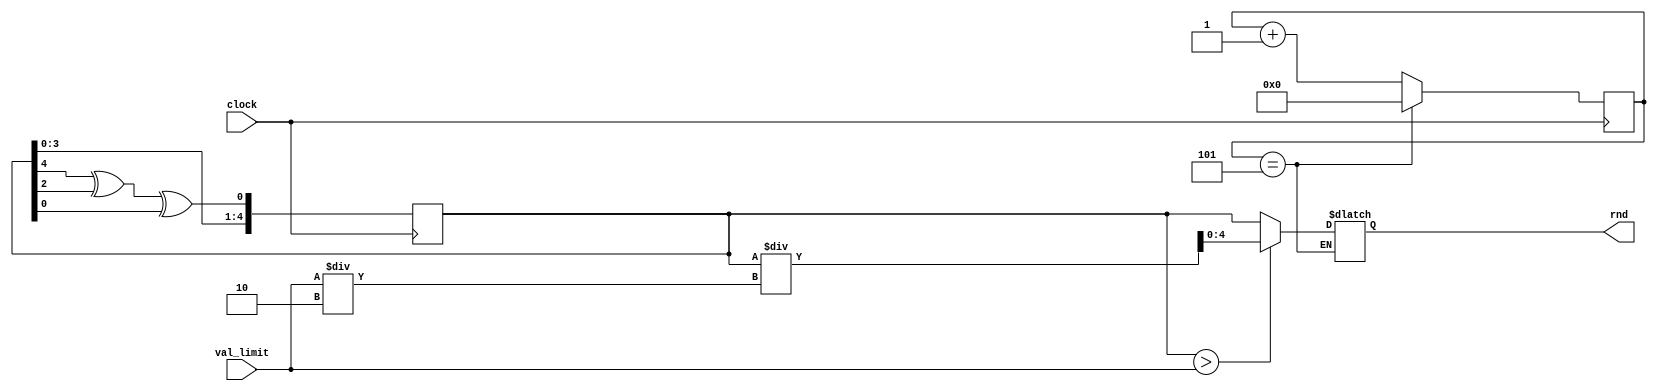
`timescale 1ns / 1ps


module random_num_gen
    #(parameter START_VAL=5) 
    (
    input clock,
    input [4:0] val_limit,
    output [4:0] rnd 
    );
    
    localparam len = 5;
    reg [len-1:0] random = START_VAL;    // default 5'hF
    reg [len-1:0] random_next, random_done;
    reg [3:0] count = 0;
    reg [3:0] count_next; //to keep track of the shifts

    wire feedback = random[len-1] ^ random[2] ^ random[0]; 

    always @ (posedge clock)
    begin    
        random <= random_next;
        count <= count_next;
    end

    always @ (*)
    begin
//        random_next = random; //default state stays the same
//        count_next = count;
      
        random_next = {random[len-2:0], feedback}; //shift left the xor'd every posedge clock
        count_next = count + 1;
    
        if (count == len)
        begin
//            count = 0;
            count_next = 0;
            random_done = random; //assign the random number to output after len shifts
            if (random_done > val_limit)
            begin
                random_done = random_done / (val_limit/2);
            end
        end
    end

    assign rnd = random_done;

endmodule